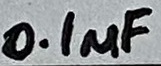
Text: 0.1µF